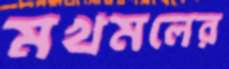
মখমলের